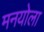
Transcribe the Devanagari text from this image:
मनयोला